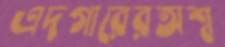
এদগারেরঅশ্ব